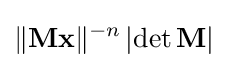
\lVert \mathbf {Mx} \rVert ^{-n}\left|\operatorname {det} \mathbf {M} \right|